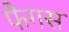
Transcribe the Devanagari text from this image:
फैगस